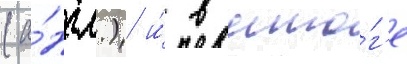
(а́нгл.) и́ в ито́г'е